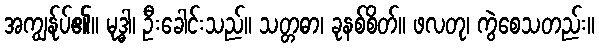
အကျွန်ုပ်၏။ မုဒ္ဓါ၊ ဦးခေါင်းသည်။ သတ္တဓာ၊ ခုနစ်စိတ်။ ဖလတု၊ ကွဲစေသတည်း။